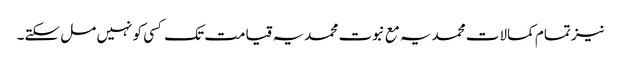
نیز تمام کمالات محمدیہ مع نبوت محمدیہ قیامت تک کسی کو نہیں مل سکتے۔